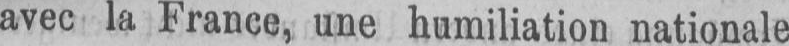
avec la France, une humiliation nationale